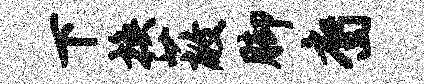
下换蔽脚裔